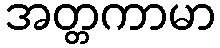
အတ္တကာမာ